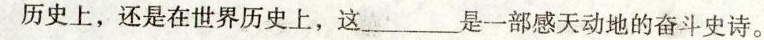
历史上，还是在世界历史上，这___是一部感天动地的奋斗史诗。